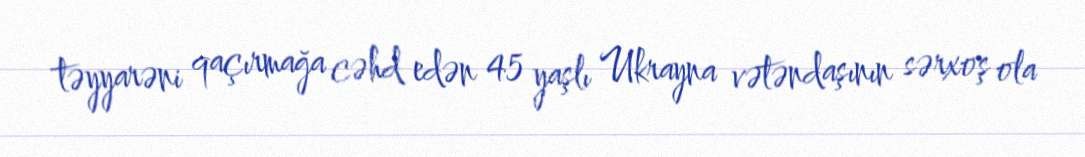
təyyarəni qaçırmağa cəhd edən 45 yaşlı Ukrayna vətəndaşının sərxoş ola